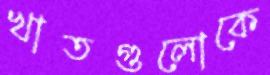
খাতগুলোকে